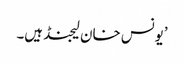
’یونس خان لیجنڈ ہیں۔